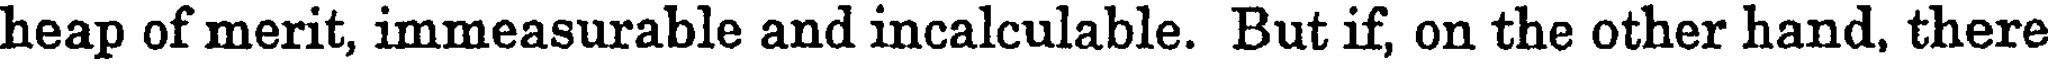
heap of merit, immeasurable and incalculable. But if, on the other hand, there